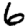
Digit: 6